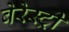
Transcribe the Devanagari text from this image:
बेरेस्ट्री